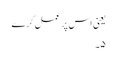
یعنی اس پر عمل کرے
۵۔